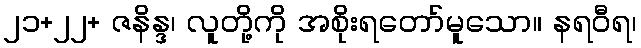
၂၁+၂၂+ ဇနိန္ဒ၊ လူတို့ကို အစိုးရတော်မူသော။ နရဝီရ၊